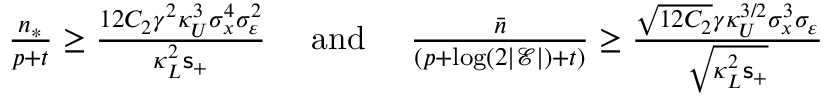
\begin{array} { r } { \frac { n _ { * } } { p + t } \ge \frac { 1 2 C _ { 2 } \gamma ^ { 2 } \kappa _ { U } ^ { 3 } \sigma _ { x } ^ { 4 } \sigma _ { \varepsilon } ^ { 2 } } { \kappa _ { L } ^ { 2 } \mathsf { s } _ { + } } ~ ~ ~ ~ \mathrm { a n d } ~ ~ ~ ~ \frac { \bar { n } } { ( p + \log ( 2 | \mathcal { E } | ) + t ) } \ge \frac { \sqrt { 1 2 C _ { 2 } } \gamma \kappa _ { U } ^ { 3 / 2 } \sigma _ { x } ^ { 3 } \sigma _ { \varepsilon } } { \sqrt { \kappa _ { L } ^ { 2 } \mathsf { s } _ { + } } } } \end{array}